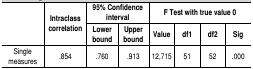
| <ROWSPAN=2>  | <ROWSPAN=2> Intraclass correlation | <COLSPAN=2> 95% Confidence interval | <COLSPAN=4> F Test with true value 0 |
 | Lower bound | Upper bound | Value | df1 | df2 | Sig |
 | --- | --- | --- | --- | --- | --- | --- | --- |
 | Single measures | .854 | .760 | .913 | 12,715 | 51 | 52 | .000 |